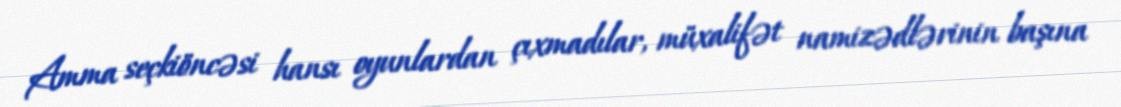
Amma seçkiöncəsi hansı oyunlardan çıxmadılar, müxalifət namizədlərinin başına